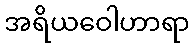
အရိယဝေါဟာရာ